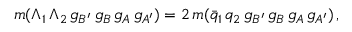
m ( \Lambda _ { 1 } \, \Lambda _ { 2 } \, g _ { B ^ { \prime } } \, g _ { B } \, g _ { A } \, g _ { A ^ { \prime } } ) = 2 \, m ( \bar { q } _ { 1 } \, q _ { 2 } \, g _ { B ^ { \prime } } \, g _ { B } \, g _ { A } \, g _ { A ^ { \prime } } ) \, ,